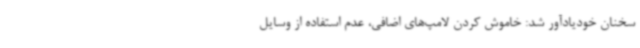
سخنان خودیادآور شد: خاموش کردن لامپ‌های اضافی، عدم استفاده از وسایل